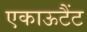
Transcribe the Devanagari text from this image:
एकाऊटैंट